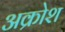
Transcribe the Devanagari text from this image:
अक्रोश